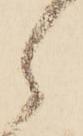
ら